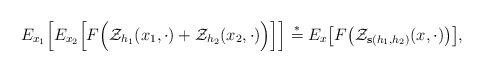
LaTeX: \begin{align*}E_{x_1}\Big[E_{x_2}\Big[F\Big(\mathcal Z_{h_1}(x_1,\cdot)+ \mathcal Z_{h_2}(x_2,\cdot)\Big)\Big]\Big] \stackrel{*}{=}E_x\big[F\big(\mathcal Z_{\mathbf{s}(h_1,h_2)}(x,\cdot)\big)\big],\end{align*}